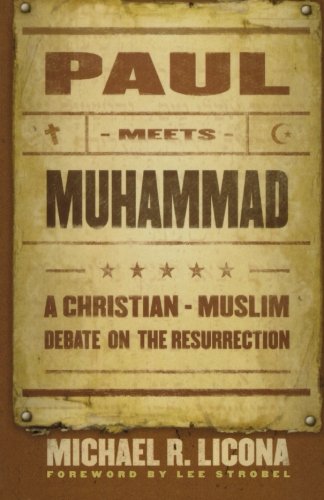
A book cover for Paul Meets Muhammad: A Christian-Muslim Debate on the Resurrection; Michael R. Licona; Religion & Spirituality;